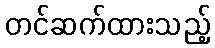
တင်ဆက်ထားသည့်